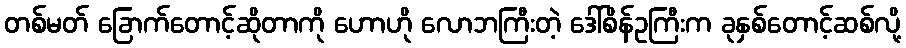
တစ်မတ် ခြောက်တောင့်ဆိုတာကို ဟောဟို လောဘကြီးတဲ့ ဒေါ်စိန်ဥကြီးက ခုနှစ်တောင့်ဆစ်လို့